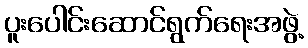
ပူးပေါင်းဆောင်ရွက်ရေးအဖွဲ့